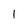
Character: l